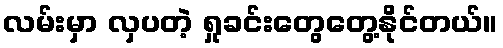
လမ်းမှာ လှပတဲ့ ရှုခင်းတွေတွေ့နိုင်တယ်။